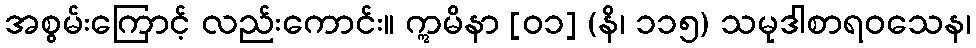
အစွမ်းကြောင့် လည်းကောင်း။ ဣမိနာ [၀၁] (နိ၊ ၁၁၅) သမုဒါစာရဝသေန၊